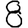
Digit: 8